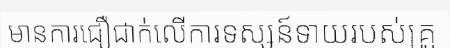
មានការជឿជាក់លើការទស្សន៍ទាយរបស់គ្រូ